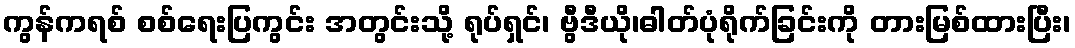
ကွန်ကရစ် စစ်ရေးပြကွင်း အတွင်းသို့ ရုပ်ရှင်၊ ဗွီဒီယို၊ဓါတ်ပုံရိုက်ခြင်းကို တားမြစ်ထားပြီး၊